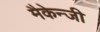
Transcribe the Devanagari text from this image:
मैकेन्जी